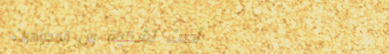
أحدث تشكيلة من المجوهرات